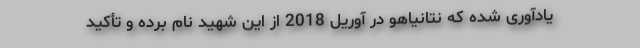
یادآوری شده که نتانیاهو در آوریل 2018 از این شهید نام برده و تأکید